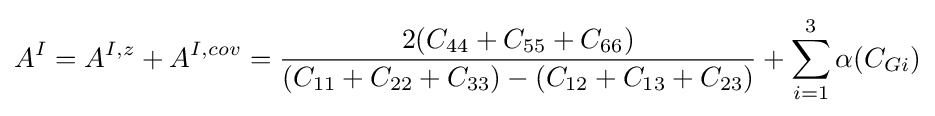
A^{I}=A^{I,z}+A^{I,cov}={\frac {2(C_{44}+C_{55}+C_{66})}{(C_{11}+C_{22}+C_{33})-(C_{12}+C_{13}+C_{23})}}+\sum _{i=1}^{3}{\alpha (C_{Gi})}